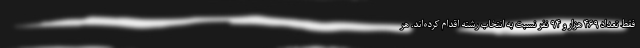
فقط تعداد ۴۶۹ هزار و ۹۴ نفر نسبت به انتخاب رشته اقدام کرده‌اند. هر